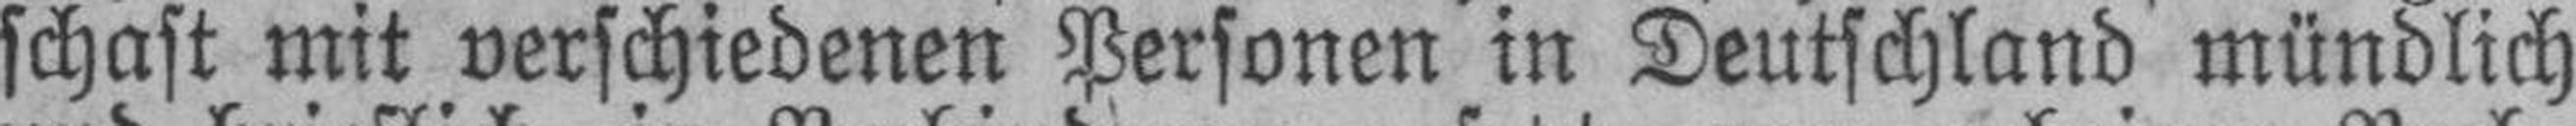
schast mit verschiedenen Personen in Deutschland mündlich